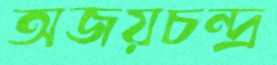
অজয়চন্দ্র